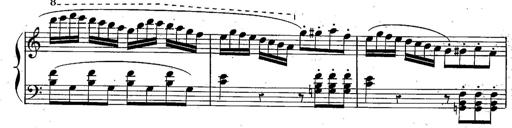
Title: Piano Sonatine
Composer: Jacques-Louis Battmann